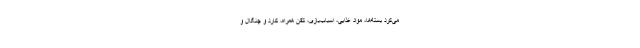
می‌کرد بسته‌ها، مواد غذایی، اسباب‌بازی، تلفن همراه، کارد و چنگال و